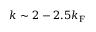
k \sim 2 - 2 . 5 k _ { \mathrm { F } }